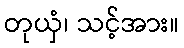
တုယှံ၊ သင့်အား။